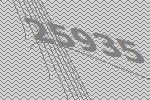
25935